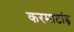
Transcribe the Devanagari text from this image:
करमाटांड़